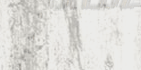
بيع وتوزيع أدوات مكتبية و